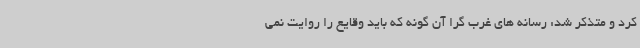
کرد و متذکر شد: رسانه های غرب گرا آن گونه که باید وقایع را روایت نمی